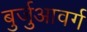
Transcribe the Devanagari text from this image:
बुर्जुआवर्ग